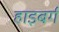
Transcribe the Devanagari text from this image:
हाइबर्ग